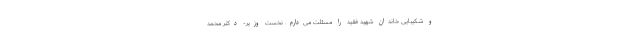
و شکیبایی خاندان شهید فقید را مسئلت می‌دارم. نخست وزیر- دکتر محمد